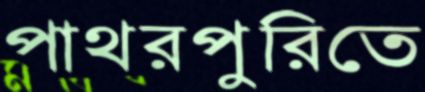
পাথরপুরিতে